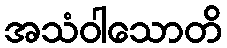
အသံဝါသောတိ